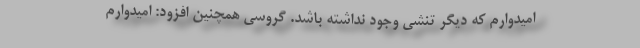
امیدوارم که دیگر تنشی وجود نداشته باشد. گروسی همچنین افزود: امیدوارم